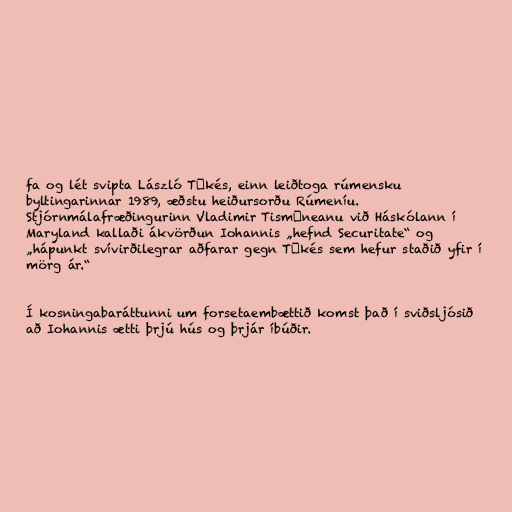
fa og lét svipta László Tőkés, einn leiðtoga rúmensku
byltingarinnar 1989, æðstu heiðursorðu Rúmeníu.
Stjórnmálafræðingurinn Vladimir Tismăneanu við Háskólann í
Maryland kallaði ákvörðun Iohannis „hefnd Securitate“ og
„hápunkt svívirðilegrar aðfarar gegn Tőkés sem hefur staðið yfir í
mörg ár.“

Í kosningabaráttunni um forsetaembættið komst það í sviðsljósið
að Iohannis ætti þrjú hús og þrjár íbúðir.